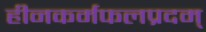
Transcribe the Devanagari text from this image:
हीनकर्मफलप्रदम्